Leaving Certificate Examination, 1916
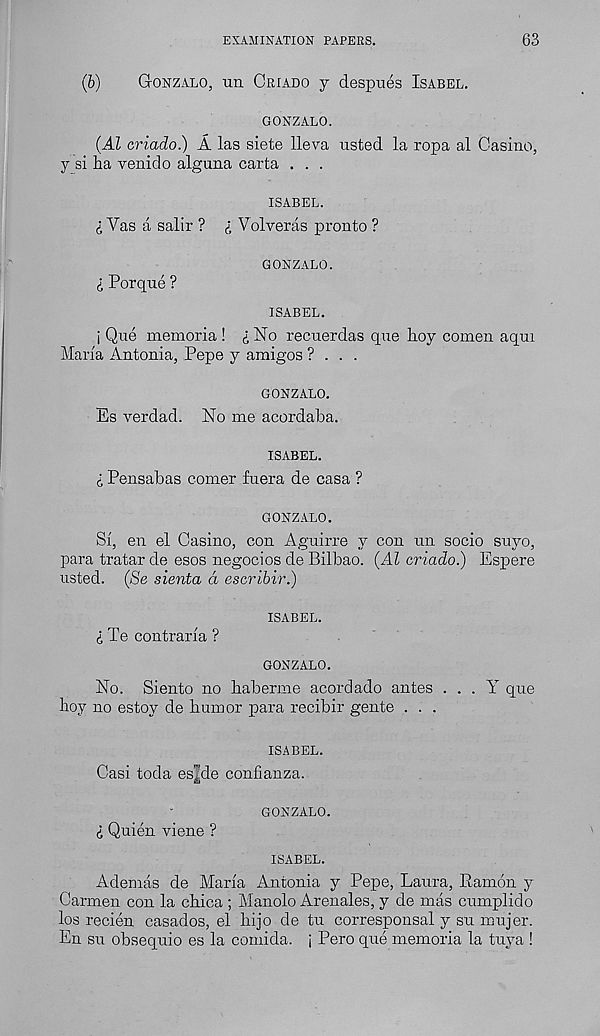
EXAMINATION PAPERS.
63
(b)
G-onzalo, uii Criado j despues Isabel.
GONZALO.
(Al criado) A las siete lleva listed la ropa al Casino,
y si ha venido alguna carta . . .
ISABEL.
£ Vas a salir ? £ Volveras pronto ?
£ Porque ?
GONZALO.
ISABEL.
j Que memoria ! £ No recuerdas que hoy comen aqm
Maria Antonia, Pepe y amigos ? . . .
GONZALO.
Es verdad. No me acordaba.
ISABEL.
£ Pensabas comer fuera de casa ?
GONZALO.
Si, en el Casino, con Aguirre y con un socio suyo,
para tratar de esos negocios de Bilbao. (Al criado) Espere
listed. (Se sienta a escribir)
ISABEL.
£ Te contraria ?
GONZALO.
No. Siento no haberme acordado antes . . . Y que
hoy no estoy de humor para recibir gente . . .
ISABEL.
Casi toda es^de confianza.
GONZALO.
£ Quien viene ?
ISABEL.
Ademas de Maria Antonia y Pepe, Laura, Ramon y
Carmen con la chica ; Manolo Arenales, y de mas cumplido
los recien casados, el hijo de tu corresponsal y su mujer.
En su obsequio es la comida. j Pero que memoria la tuya !